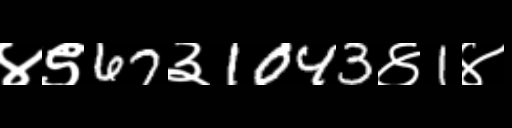
Text: ४९67३1043४1४